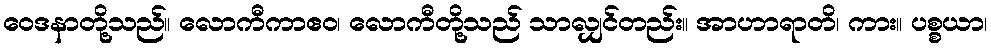
ဝေဒနာတို့သည်။ လောကီကာဧဝ၊ လောကီတို့သည် သာလျှင်တည်း။ အာဟာရာတိ၊ ကား။ ပစ္စယာ၊